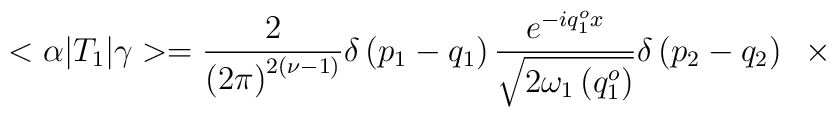
<\alpha|T_1|\gamma>=\frac {2}{\left(2\pi\right)^{2\left(\nu-1\right)}}\delta\left(p_1-q_1\right)\frac {e^{-iq_1^{o}x}} {\sqrt{2{\omega}_1\left(q_1^{o}\right)}}\delta\left(p_2-q_2\right)\;\;\times